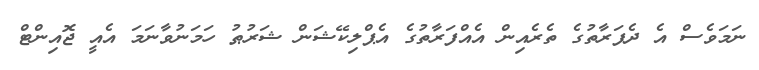
ނަމަވެސް އެ ދެފަރާތުގެ ތެރެއިން އެއްފަރާތުގެ އެޕްލިކޭޝަން ޝަރުޠު ހަމަނުވާނަމަ އެއީ ޖޮއިންޓް